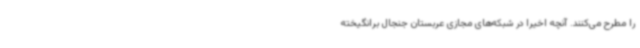
را مطرح می‌کنند. آنچه اخیرا در شبکه‌های مجازی عربستان جنجال برانگیخته